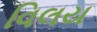
વિલય